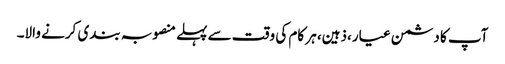
آپ کا دشمن عیار،ذہین، ہر کام کی وقت سے پہلے منصوبہ بندی کرنے والا۔